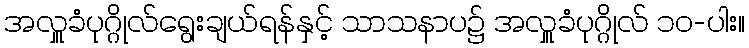
အလှူခံပုဂ္ဂိုလ်ရွေးချယ်ရန်နှင့် သာသနာပ၌ အလှူခံပုဂ္ဂိုလ် ၁၀-ပါး။